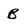
Character: B